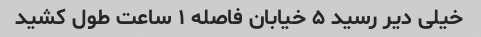
خیلی دیر رسید ۵ خیابان فاصله ۱ ساعت طول کشید